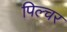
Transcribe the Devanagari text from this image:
पिल्चर